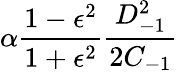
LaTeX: \alpha\frac{1-\epsilon^{2}}{1+\epsilon^{2}}\frac{D_{-1}^{2}}{2C_{-1}}